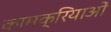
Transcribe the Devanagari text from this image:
कामक्रियाओं